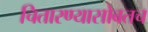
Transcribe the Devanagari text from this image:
चितारण्यासोबतच